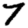
Digit: 7